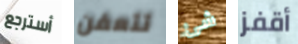
أسترجع تتعفن شئ أقفز